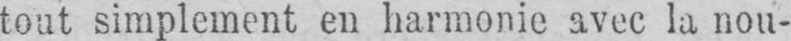
tout simplement en harmonie avec la nou-